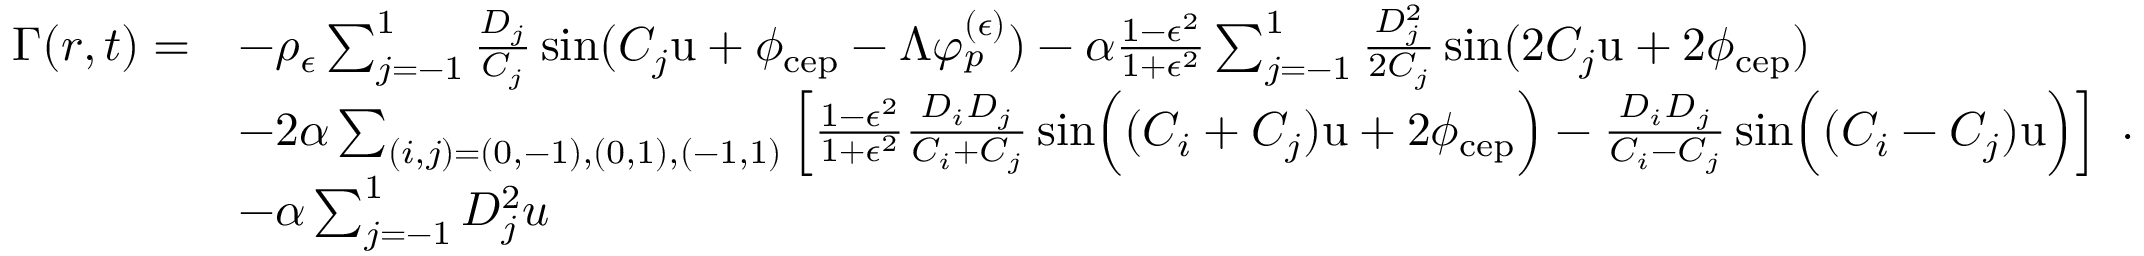
\begin{array} { r l } { \Gamma ( r , t ) = } & { - \rho _ { \epsilon } \sum _ { j = - 1 } ^ { 1 } \frac { D _ { j } } { C _ { j } } \sin ( C _ { j } \mathrm { u } + \phi _ { \mathrm { c e p } } - \Lambda \varphi _ { p } ^ { ( \epsilon ) } ) - \alpha \frac { 1 - \epsilon ^ { 2 } } { 1 + \epsilon ^ { 2 } } \sum _ { j = - 1 } ^ { 1 } \frac { D _ { j } ^ { 2 } } { 2 C _ { j } } \sin ( 2 C _ { j } \mathrm { u } + 2 \phi _ { \mathrm { c e p } } ) } \\ & { - 2 \alpha \sum _ { ( i , j ) = ( 0 , - 1 ) , ( 0 , 1 ) , ( - 1 , 1 ) } \left[ \frac { 1 - \epsilon ^ { 2 } } { 1 + \epsilon ^ { 2 } } \frac { D _ { i } D _ { j } } { C _ { i } + C _ { j } } \sin \Bigl ( ( C _ { i } + C _ { j } ) \mathrm { u } + 2 \phi _ { \mathrm { c e p } } \Bigr ) - \frac { D _ { i } D _ { j } } { C _ { i } - C _ { j } } \sin \Bigl ( ( C _ { i } - C _ { j } ) \mathrm { u } \Bigr ) \right] } \\ & { - \alpha \sum _ { j = - 1 } ^ { 1 } D _ { j } ^ { 2 } u } \end{array} .